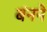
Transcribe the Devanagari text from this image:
बंनने